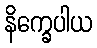
နိက္ခေပါယ